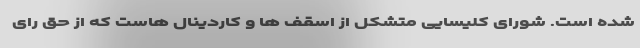
شده است. شورای کلیسایی متشکل از اسقف ها و کاردینال هاست که از حق رای